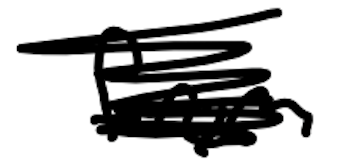
Text: from
Cross-out: scratch
Writing tool: digital_black